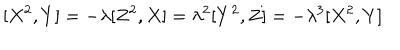
[ X ^ { 2 } , Y ] = - \lambda [ Z ^ { 2 } , X ] = \lambda ^ { 2 } [ Y ^ { 2 } , Z ] = - \lambda ^ { 3 } [ X ^ { 2 } , Y ]